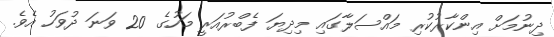
ދިނުމަށް އިންކާރުކުރި މައްސަލާގައި މިދިޔަ ފެބްރުއަރީ މަހުގެ 20 ވަނަ ދުވަހު އެވެ.